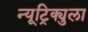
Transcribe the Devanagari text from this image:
न्यूट्रिक्युला